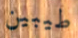
طيبين